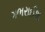
ગભરાઈશ